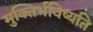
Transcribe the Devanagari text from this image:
मुक्तिर्भविष्यति